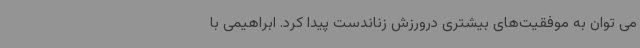
می توان به موفقیت‌های بیشتری درورزش زناندست پیدا کرد. ابراهیمی با